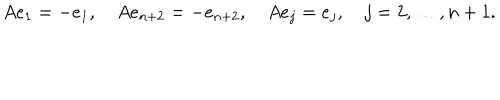
LaTeX: A e _ { 1 } = - e _ { 1 } , \quad A e _ { n + 2 } = - e _ { n + 2 } , \quad A e _ { j } = e _ { j } , \quad j = 2 , \ldots , n + 1 .